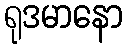
ရုဒမာနော